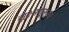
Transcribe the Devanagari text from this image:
सूक्ष्मगुरुत्व